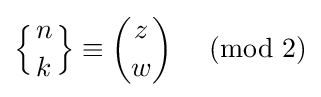
\left\{{n \atop k}\right\}\equiv {\binom {z}{w}}\ {\pmod {2}}